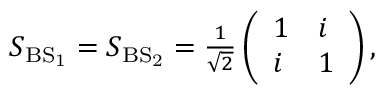
\begin{array} { r } { S _ { \mathrm { { B S } _ { 1 } } } = S _ { \mathrm { { B S } _ { 2 } } } = \frac { 1 } { \sqrt { 2 } } \left( \begin{array} { l l } { 1 } & { i } \\ { i } & { 1 } \end{array} \right) , } \end{array}